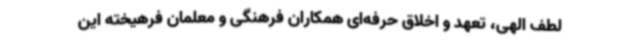
لطف الهی، تعهد و اخلاق حرفه‌ای همکاران فرهنگی و معلمان فرهیخته‌ این